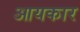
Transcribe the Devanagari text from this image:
आयकार